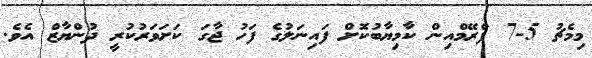
މިމެޗު 5-7 ފްރޭމްއިން ކާމިޔާބުކޮށް ފައިނަލުގެ ފަހު ޖާގަ ކަށަވަރުކުރީ ދުންޔާޒް އެވެ.